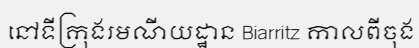
នៅទីក្រុងរមណីយដ្ឋាន Biarritz កាលពីចុង